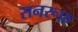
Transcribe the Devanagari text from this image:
सनरूफ़